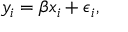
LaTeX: y _ { i } = \beta x _ { i } + \epsilon _ { i } ,